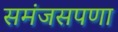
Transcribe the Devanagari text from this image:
समंजसपणा